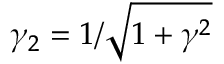
\gamma _ { 2 } = 1 / \sqrt { 1 + \gamma ^ { 2 } }